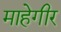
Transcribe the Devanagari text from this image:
माहेगीर